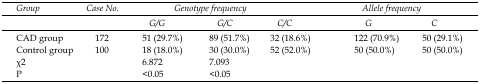
<table><thead><tr><td rowspan="2"><b>Group</b></td><td rowspan="2"><b>Case No.</b></td><td colspan="3"><b>Genotype frequency</b></td><td colspan="2"><b>Allele frequency</b></td></tr><tr><td><b>G/G</b></td><td><b>G/C</b></td><td><b>C/C</b></td><td><b>G</b></td><td><b>C</b></td></tr></thead><tbody><tr><td>CAD group</td><td>172</td><td>51 (29.7%)</td><td>89 (51.7%)</td><td>32 (18.6%)</td><td>122 (70.9%)</td><td>50 (29.1%)</td></tr><tr><td>Control group</td><td>100</td><td>18 (18.0%)</td><td>30 (30.0%)</td><td>52 (52.0%)</td><td>50 (50.0%)</td><td>50 (50.0%)</td></tr><tr><td>χ<sup>2</sup></td><td></td><td>6.872</td><td>7.093</td><td></td><td></td><td></td></tr><tr><td>P</td><td></td><td>&lt;0.05</td><td>&lt;0.05</td><td></td><td></td><td></td></tr></tbody></table>